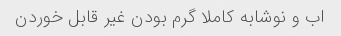
اب و نوشابه کاملا گرم بودن غیر قابل خوردن